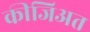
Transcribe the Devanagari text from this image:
कीजिअत